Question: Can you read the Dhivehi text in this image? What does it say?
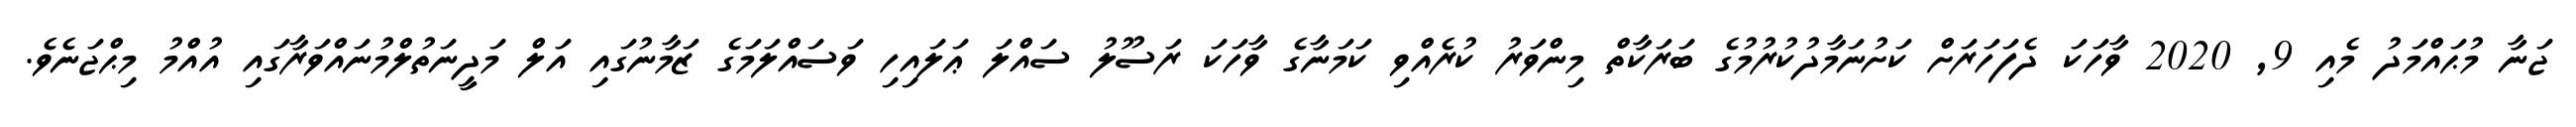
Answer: ޖަނާ މުޙައްމަދު މެއި 9, 2020 ވާހަކަ ދެފަހަރަށް ކަށުނަމާދުކުރުމުގެ ބަރަކާތް މިންވަރު ކުރެއްވި ކަމަނާގެ ވާހަކަ ރަސޫލު ސައްލަ ޢަލައިހި ވަސައްލަމަގެ ޒަމާނުގައި އަލް މަދީނަތުލްމުނައްވަރާގައި އުއްމު މިޙްޖަނެވެ.